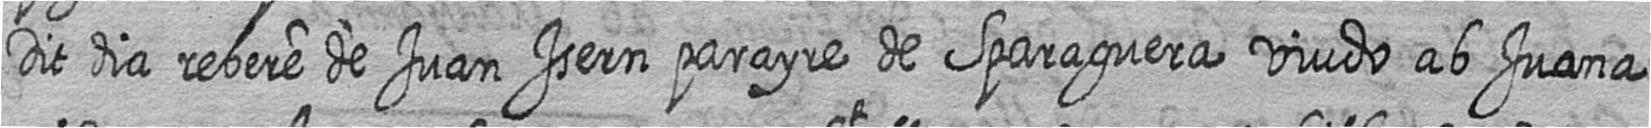
Dit dia rebere de Juan Isern parayre de Sparaguera viudo ab Juana